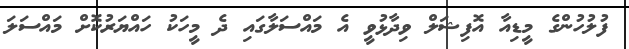
ފުލުހުންގެ މީޑިއާ އޮފިޝަލް ވިދާޅުވީ އެ މައްސަލާގައި ދެ މީހަކު ހައްޔަރުކޮށް މައްސަލަ